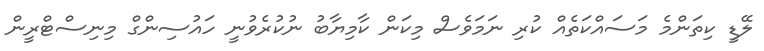
ލޭޑީ ކިތަންމެ މަސައްކަތެއް ކުރި ނަމަވެސް މިކަން ކާމިޔާބު ނުކުރެވުނީ ހައުސިންގް މިނިސްޓްރީން